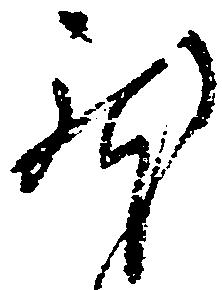
躰